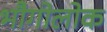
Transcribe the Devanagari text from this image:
भौगोलोक